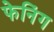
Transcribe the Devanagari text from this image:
फेनिंग